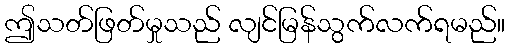
ဤသတ်ဖြတ်မှုသည် လျင်မြန်သွက်လက်ရမည်။